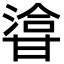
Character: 㽏